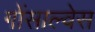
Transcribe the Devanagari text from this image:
गोंसाल्वेस